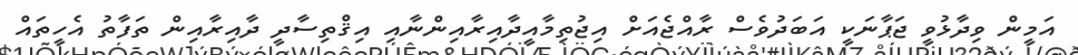
އަމީން ވިދާޅުވީ ޖަޕާނަކީ އަބަދުވެސް ރާއްޖެއަށް އިޖުތިމާއީދާއިރާއިންނާއި އިޤްތިސާދީ ދާއިރާއިން ތަފާތު އެހީތައް